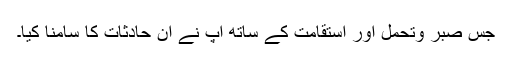
جس صبر وتحمل اور استقامت کے ساتھ آپ نے ان حادثات کا سامنا کیا۔